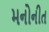
મનોનીત